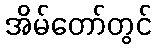
အိမ်တော်တွင်